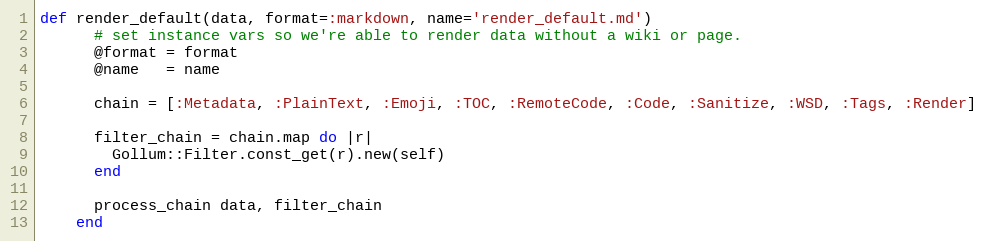
Language: Ruby
def render_default(data, format=:markdown, name='render_default.md')
      # set instance vars so we're able to render data without a wiki or page.
      @format = format
      @name   = name

      chain = [:Metadata, :PlainText, :Emoji, :TOC, :RemoteCode, :Code, :Sanitize, :WSD, :Tags, :Render]

      filter_chain = chain.map do |r|
        Gollum::Filter.const_get(r).new(self)
      end

      process_chain data, filter_chain
    end